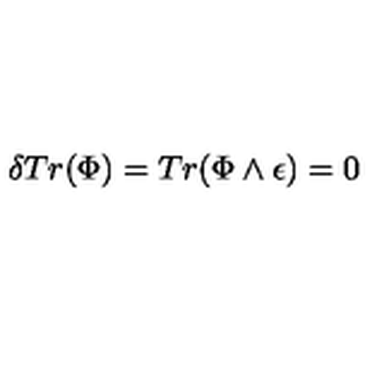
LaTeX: \delta T r ( \Phi ) = T r ( \Phi \wedge \epsilon ) = 0